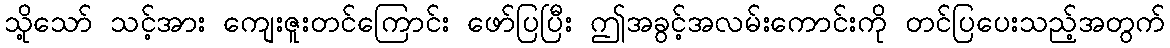
သို့သော် သင့်အား ကျေးဇူးတင်ကြောင်း ဖော်ပြပြီး ဤအခွင့်အလမ်းကောင်းကို တင်ပြပေးသည့်အတွက်